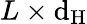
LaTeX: L\times\mathrm{d}_{\mathrm{{H}}}